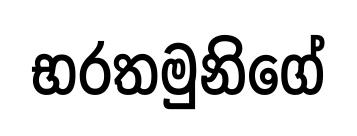
භරතමුනිගේ